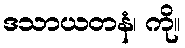
ဒသာယတနံ၊ ကို။